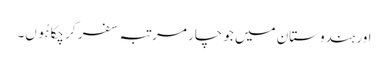
اور ہندوستان میں جو چار مرتبہ سفر کر چکا ہُوں۔